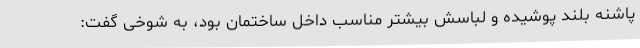
پاشنه بلند پوشیده و لباسش بیشتر مناسب داخل ساختمان بود، به شوخی گفت: